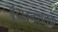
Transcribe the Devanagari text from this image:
वृंदावनशतक